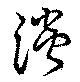
淡